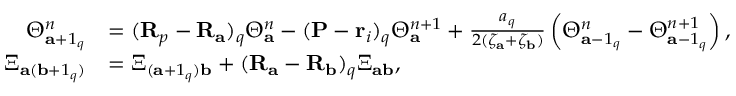
\begin{array} { r l } { \Theta _ { \mathbf { a } + 1 _ { q } } ^ { n } } & { = ( \mathbf { R } _ { p } - \mathbf { R } _ { \mathbf { a } } ) _ { q } \Theta _ { \mathbf { a } } ^ { n } - ( \mathbf { P } - \mathbf { r } _ { i } ) _ { q } \Theta _ { \mathbf { a } } ^ { n + 1 } + \frac { a _ { q } } { 2 ( \zeta _ { \mathbf { a } } + \zeta _ { \mathbf { b } } ) } \left( \Theta _ { \mathbf { a } - 1 _ { q } } ^ { n } - \Theta _ { \mathbf { a } - 1 _ { q } } ^ { n + 1 } \right) , } \\ { \Xi _ { \mathbf { a } ( \mathbf { b } + 1 _ { q } ) } } & { = \Xi _ { ( \mathbf { a } + 1 _ { q } ) \mathbf { b } } + ( \mathbf { R } _ { \mathbf { a } } - \mathbf { R } _ { \mathbf { b } } ) _ { q } \Xi _ { \mathbf { a b } } , } \end{array}